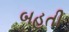
બહતી